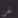
نحن